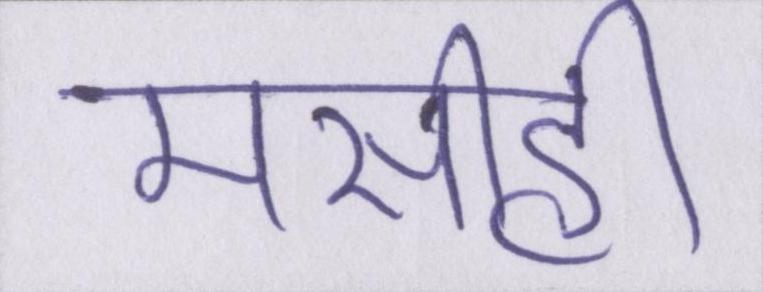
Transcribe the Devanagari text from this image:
मसीही